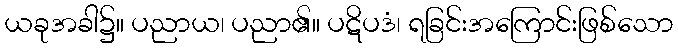
ယခုအခါ၌။ ပညာယ၊ ပညာ၏။ ပဋိပဒံ၊ ရခြင်းအကြောင်းဖြစ်သော